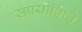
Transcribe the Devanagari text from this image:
सपयाविधि